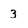
Character: 3